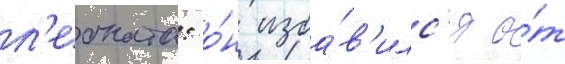
л'еоната: о́н изба́в'илс'я о́т